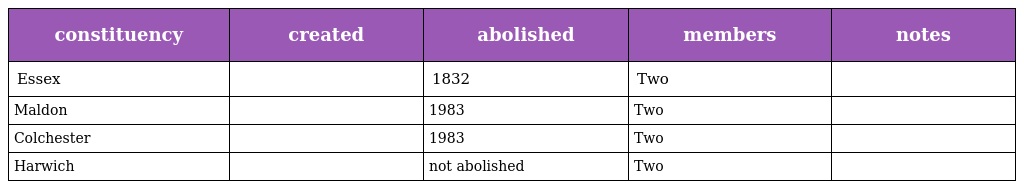
| constituency | created | abolished | members | notes |
 | --- | --- | --- | --- | --- |
 | Essex |  | 1832 | Two |  |
 | Maldon |  | 1983 | Two |  |
 | Colchester |  | 1983 | Two |  |
 | Harwich |  | not abolished | Two |  |